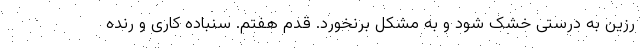
رزین به درستی خشک شود و به مشکل برنخورد. قدم هفتم. سنباده کاری و رنده